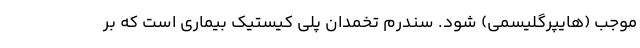
موجب (هایپرگلیسمی) شود. سندرم تخمدان پلی کیستیک بیماری است که بر